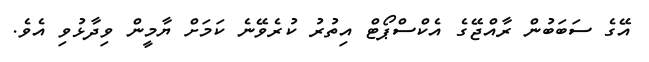
އޭގެ ސަބަބުން ރާއްޖޭގެ އެކްސްޕޯޓް އިތުރު ކުރެވޭނެ ކަމަށް ޔާމީން ވިދާޅުވި އެވެ.